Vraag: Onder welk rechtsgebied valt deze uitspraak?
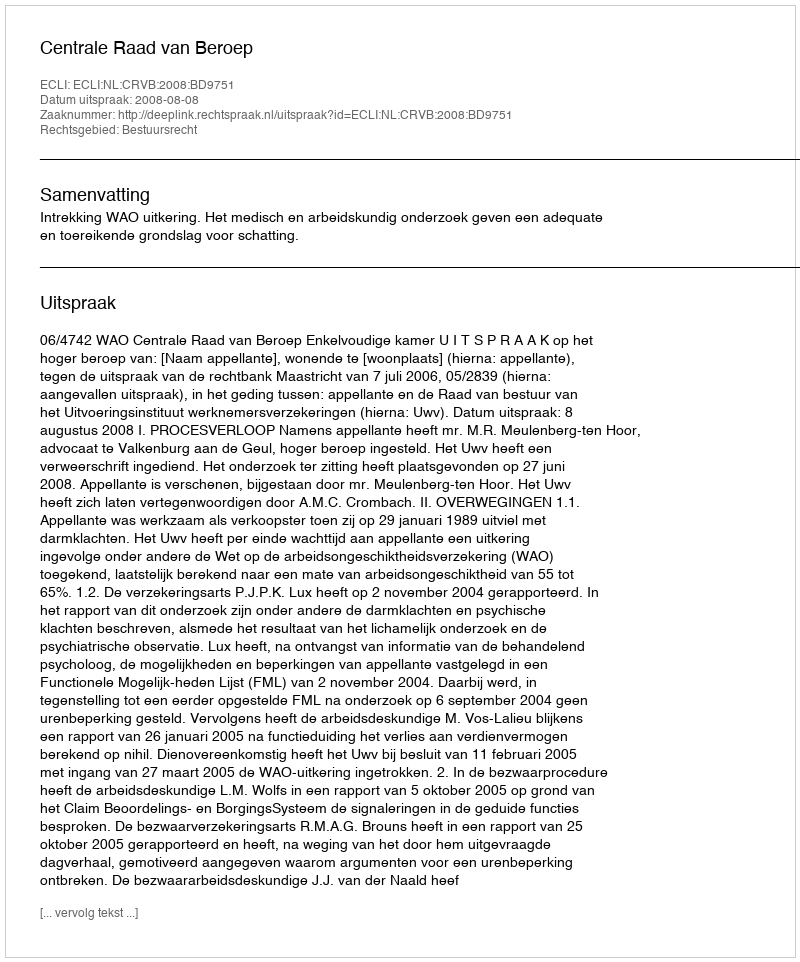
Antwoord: Bestuursrecht